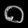
Digit: ၀